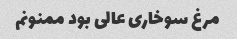
مرغ سوخاری عالی بود ممنونم